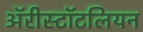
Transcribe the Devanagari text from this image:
ॲरीस्टॉटलियन